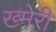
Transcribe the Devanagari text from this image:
ख्मेरी